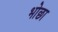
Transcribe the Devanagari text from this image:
भोछा